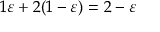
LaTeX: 1 \varepsilon + 2 ( 1 - \varepsilon ) = 2 - \varepsilon